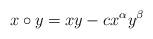
LaTeX: \begin{align*}x\circ y = xy - cx^{\alpha}y^{\beta}\end{align*}